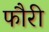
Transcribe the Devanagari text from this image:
फौरी